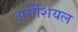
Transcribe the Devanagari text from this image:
असेंशियल